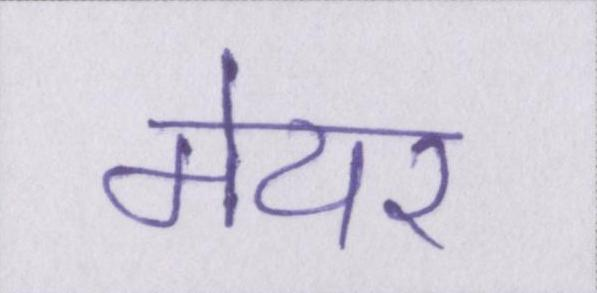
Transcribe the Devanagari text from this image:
मेयर